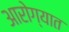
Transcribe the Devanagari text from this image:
आरोग्यात